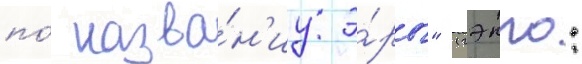
по́ назва́н'иу э́ры" (гэнго: